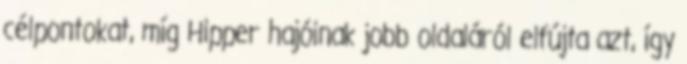
célpontokat, míg Hipper hajóinak jobb oldaláról elfújta azt, így